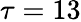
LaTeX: \tau=13